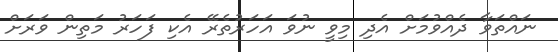
ނައްތަވާ ދެއްވުމަށް އެދި މިވީ ނުވަ އަހަރުތެރޭ އެކި ފަހަރު މަތިން ވަރަށް